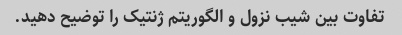
تفاوت بین شیب نزول و الگوریتم ژنتیک را توضیح دهید.